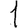
Digit: 1